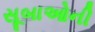
સૂબાઓની